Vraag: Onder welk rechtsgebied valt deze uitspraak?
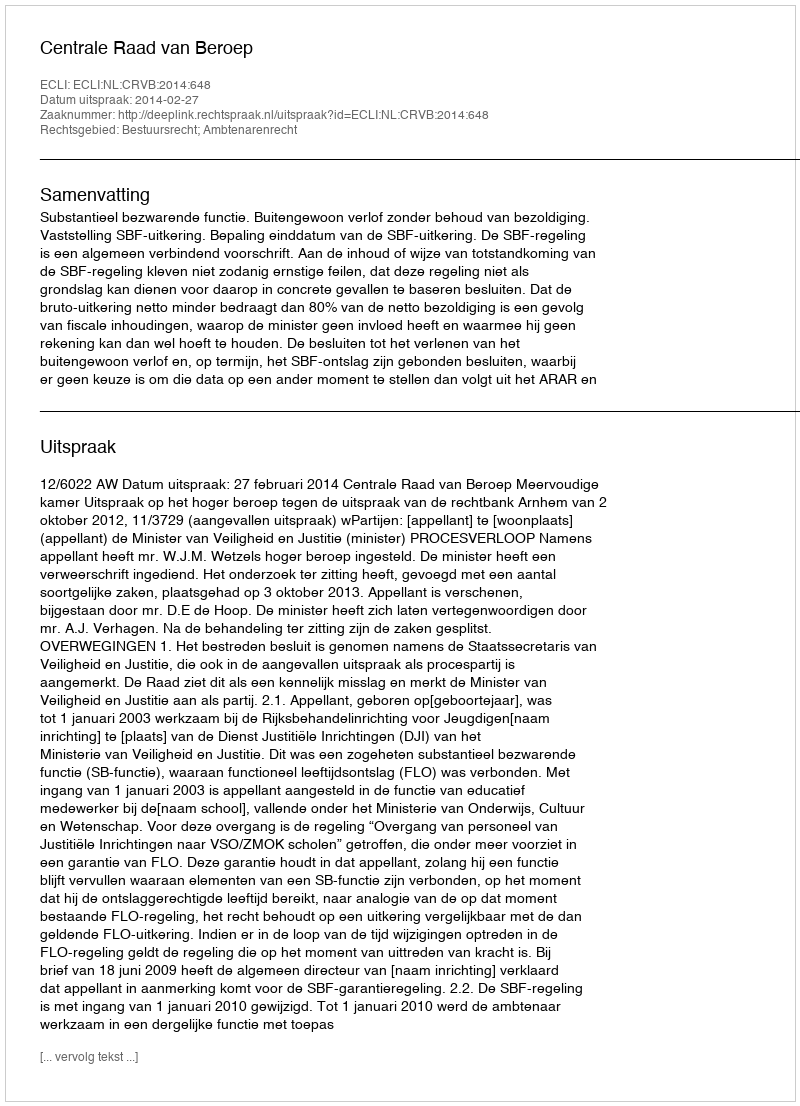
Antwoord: Bestuursrecht; Ambtenarenrecht